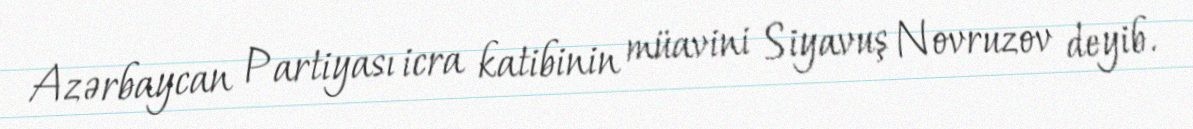
Azərbaycan Partiyası icra katibinin müavini Siyavuş Novruzov deyib.